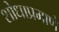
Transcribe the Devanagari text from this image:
शोधाप्रमाणे